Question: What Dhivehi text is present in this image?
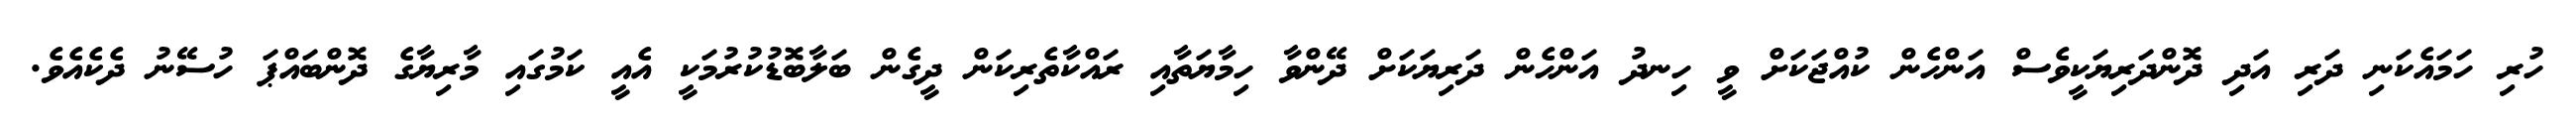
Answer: ހުރި ހަމައެކަނި ދަރި އަދި ދޮންދަރިޔަކީވެސް އަންހެން ކުއްޖަކަށް ވީ ހިނދު އަންހެން ދަރިޔަކަށް ދޭންވާ ހިމާޔަތާއި ރައްކާތެރިކަން ދީގެން ބަލާބޮޑުކުރުމަކީ އެއީ ކަމުގައި މާރިޔާގެ ދޮންބައްޕަ ހުސޭނު ދެކެއެވެ.